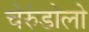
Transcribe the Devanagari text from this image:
चेरुंडोलो